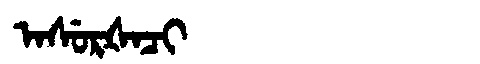
Manchu: ᠠᠰᡠᡵᡧᠠᠴᡳ
Romanization: ASURŠACI